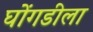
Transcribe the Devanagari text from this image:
घोंगडीला